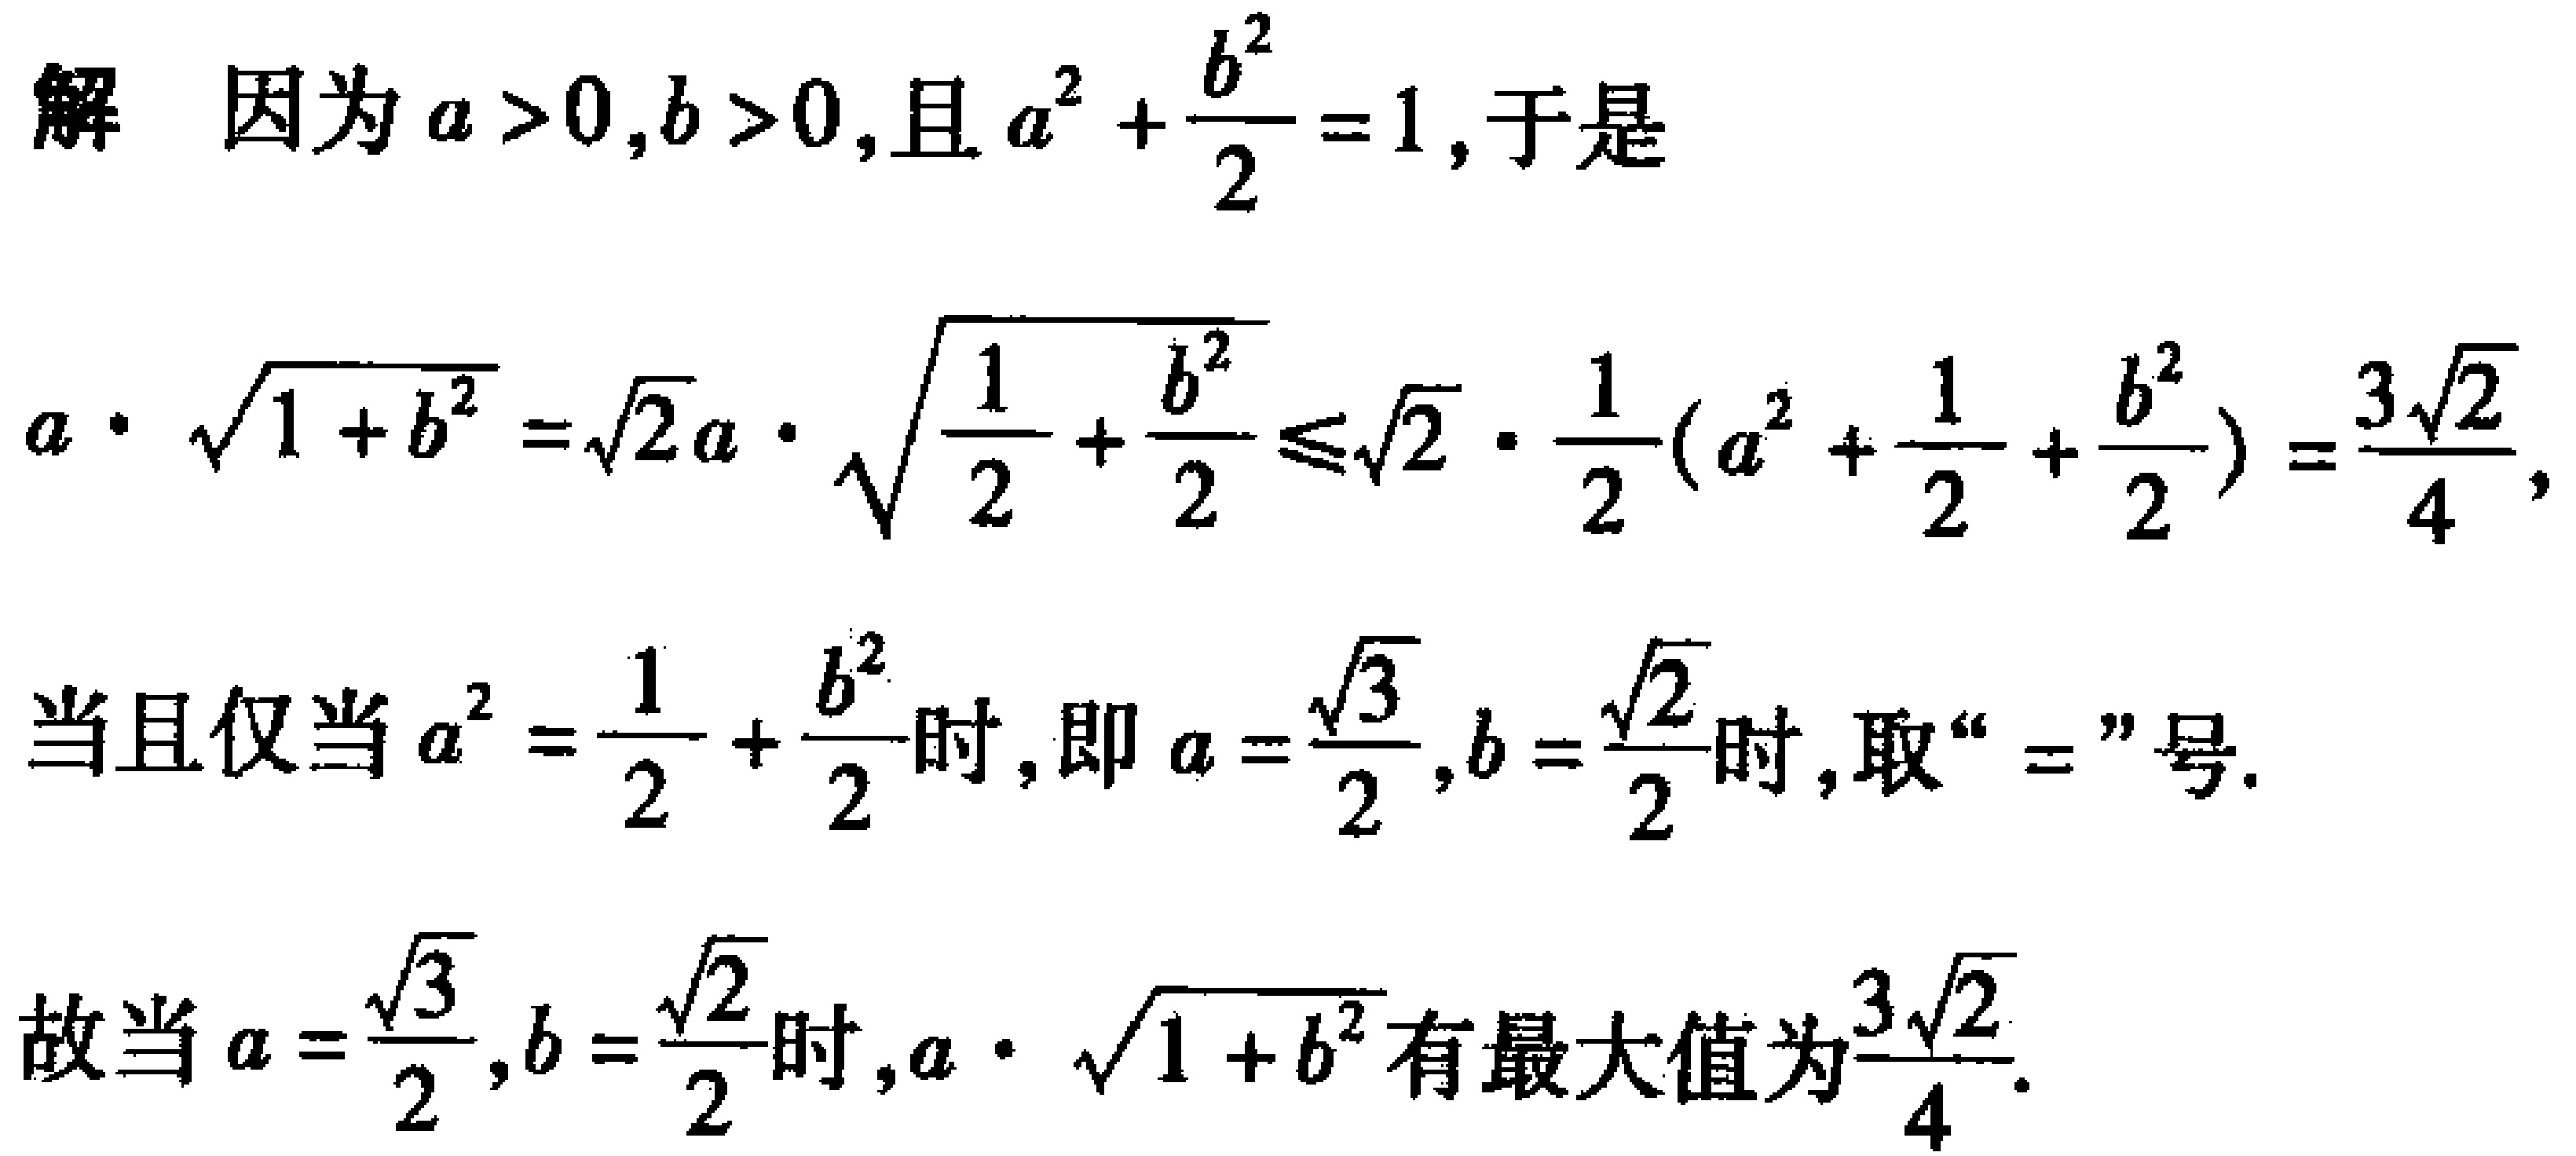
解 因为 \(a > 0,b > 0\),且 \(a^{2}+\frac{b^{2}}{2}=1\),于是

\[

a\cdot\sqrt{1 + b^{2}}=\sqrt{2}a\cdot\sqrt{\frac{1}{2}+\frac{b^{2}}{2}}\leq\sqrt{2}\cdot\frac{1}{2}(a^{2}+\frac{1}{2}+\frac{b^{2}}{2})=\frac{3\sqrt{2}}{4},

\]

当且仅当 \(a^{2}=\frac{1}{2}+\frac{b^{2}}{2}\)时,即 \(a = \frac{\sqrt{3}}{2},b=\frac{\sqrt{2}}{2}\)时,取“\(=\)”号.

故当 \(a=\frac{\sqrt{3}}{2},b=\frac{\sqrt{2}}{2}\)时,\(a\cdot\sqrt{1 + b^{2}}\)有最大值为\(\frac{3\sqrt{2}}{4}\).